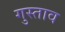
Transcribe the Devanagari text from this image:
गुस्‍ताव